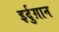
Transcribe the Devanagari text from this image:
इर्दुग़ान